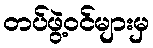
တပ်ဖွဲ့ဝင်များမှ